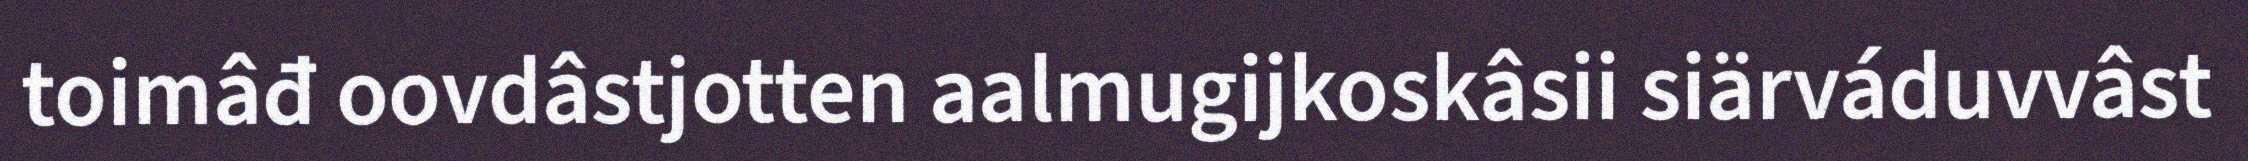
toimâđ oovdâstjotten aalmugijkoskâsii siärváduvvâst